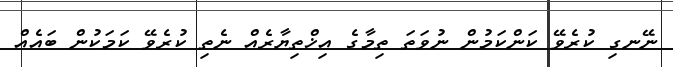
ނޭނގި ކުރެވޭ ކަންކަމުން ނުވަތަ ތިމާގެ އިޚްތިޔާރެއް ނެތި ކުރެވޭ ކަމަކުން ބައެއް